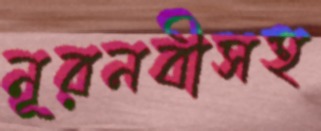
নূরনবীসহ